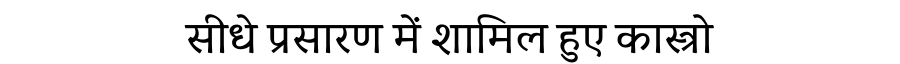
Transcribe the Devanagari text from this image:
सीधे प्रसारण में शामिल हुए कास्त्रो